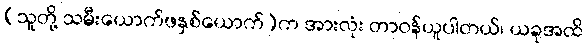
(သူတို့ သမီးယောက်ဖနှစ်ယောက်)က အားလုံး တာဝန်ယူပါတယ်၊ ယခုအထိ